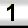
Digit: 1